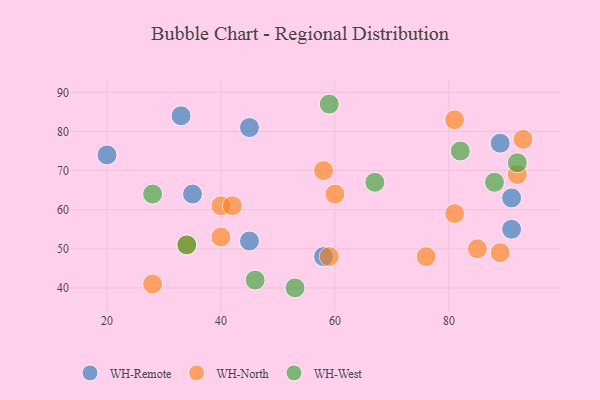
{"axis": {"x": "GDP", "y": "Life Expectancy"}, "legend": ["WH-North", "WH-Remote", "WH-West"], "data": [{"x": "45", "y": 52, "type": "WH-Remote"}, {"x": "89", "y": 77, "type": "WH-Remote"}, {"x": "91", "y": 63, "type": "WH-Remote"}, {"x": "58", "y": 48, "type": "WH-Remote"}, {"x": "35", "y": 64, "type": "WH-Remote"}, {"x": "33", "y": 84, "type": "WH-Remote"}, {"x": "20", "y": 74, "type": "WH-Remote"}, {"x": "45", "y": 81, "type": "WH-Remote"}, {"x": "91", "y": 55, "type": "WH-Remote"}, {"x": "40", "y": 61, "type": "WH-North"}, {"x": "92", "y": 69, "type": "WH-North"}, {"x": "81", "y": 83, "type": "WH-North"}, {"x": "34", "y": 51, "type": "WH-North"}, {"x": "28", "y": 41, "type": "WH-North"}, {"x": "59", "y": 48, "type": "WH-North"}, {"x": "42", "y": 61, "type": "WH-North"}, {"x": "76", "y": 48, "type": "WH-North"}, {"x": "81", "y": 59, "type": "WH-North"}, {"x": "40", "y": 53, "type": "WH-North"}, {"x": "58", "y": 70, "type": "WH-North"}, {"x": "85", "y": 50, "type": "WH-North"}, {"x": "60", "y": 64, "type": "WH-North"}, {"x": "93", "y": 78, "type": "WH-North"}, {"x": "89", "y": 49, "type": "WH-North"}, {"x": "53", "y": 40, "type": "WH-West"}, {"x": "28", "y": 64, "type": "WH-West"}, {"x": "67", "y": 67, "type": "WH-West"}, {"x": "59", "y": 87, "type": "WH-West"}, {"x": "88", "y": 67, "type": "WH-West"}, {"x": "46", "y": 42, "type": "WH-West"}, {"x": "34", "y": 51, "type": "WH-West"}, {"x": "82", "y": 75, "type": "WH-West"}, {"x": "92", "y": 72, "type": "WH-West"}]}